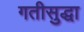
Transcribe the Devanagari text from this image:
गतीसुद्धा